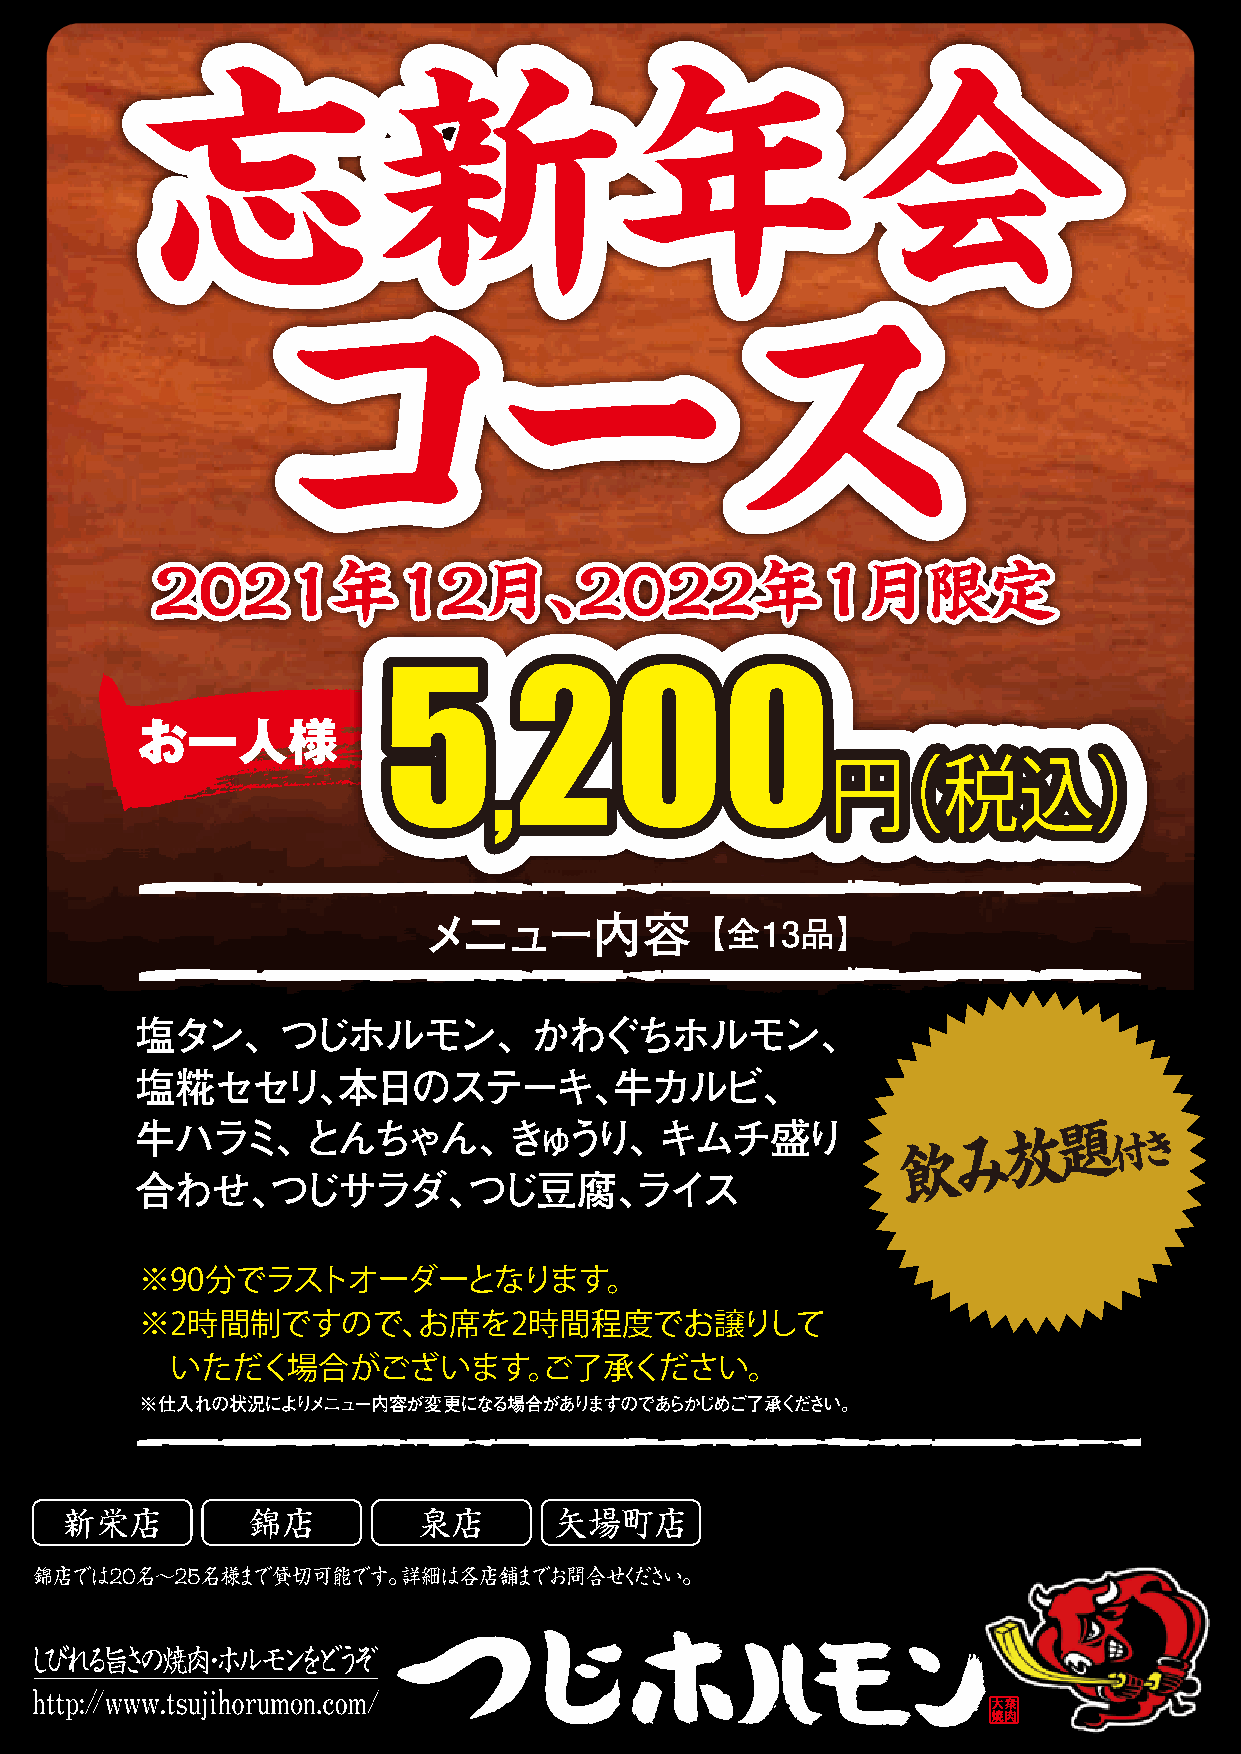
忘忘新新年年会会
 ココーースス
 22002211年年1122月月、、22002222年年11月月限限定定
 5        200
 おお一一人人様様
 ,
 円（税込）
 メニュー内容【             全13品】
 塩タン、つじホルモン、かわぐちホルモン、
 塩糀セセリ、本日のステーキ、牛カルビ、
 牛ハラミ、とんちゃん、きゅうり、キムチ盛り                                 み放題
 付き
 飲
 合わせ、つじサラダ、つじ豆腐、ライス
 ※90分でラストオーダーとなります。
 ※2時間制ですので、お席を2時間程度でお譲りして
 いただく場合がございます。ご了承ください。
 ※仕入れの状況によりメニュー内容が変更になる場合がありますのであらかじめご了承ください。
 新栄店         錦店          泉店       矢場町店
 錦店では20名〜25名様まで貸切可能です。詳細は各店舗までお問合せください。